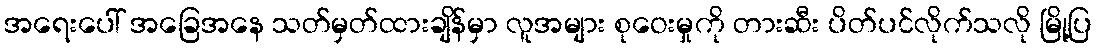
အရေးပေါ် အခြေအနေ သတ်မှတ်ထားချိန်မှာ လူအများ စုဝေးမှုကို တားဆီး ပိတ်ပင်လိုက်သလို မြို့ပြ